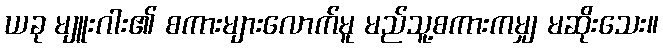
ယခု မျူးဂါး၏ စကားများလောက်မူ မည်သူ့စကားကမျှ မဆိုးသေး။